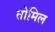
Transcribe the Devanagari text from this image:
तोमिल